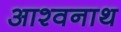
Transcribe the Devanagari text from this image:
आश्वनाथ